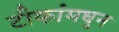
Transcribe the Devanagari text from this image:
टीकांमधून